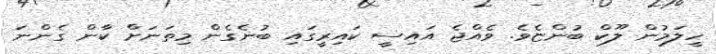
ހީލަމުން ލޫކް ބުންޏެވެ. ވެއްޖެ އައިސީ ކައިރީގައި ބުނެގެން މިތަނަށް ކާން ގެންނަ